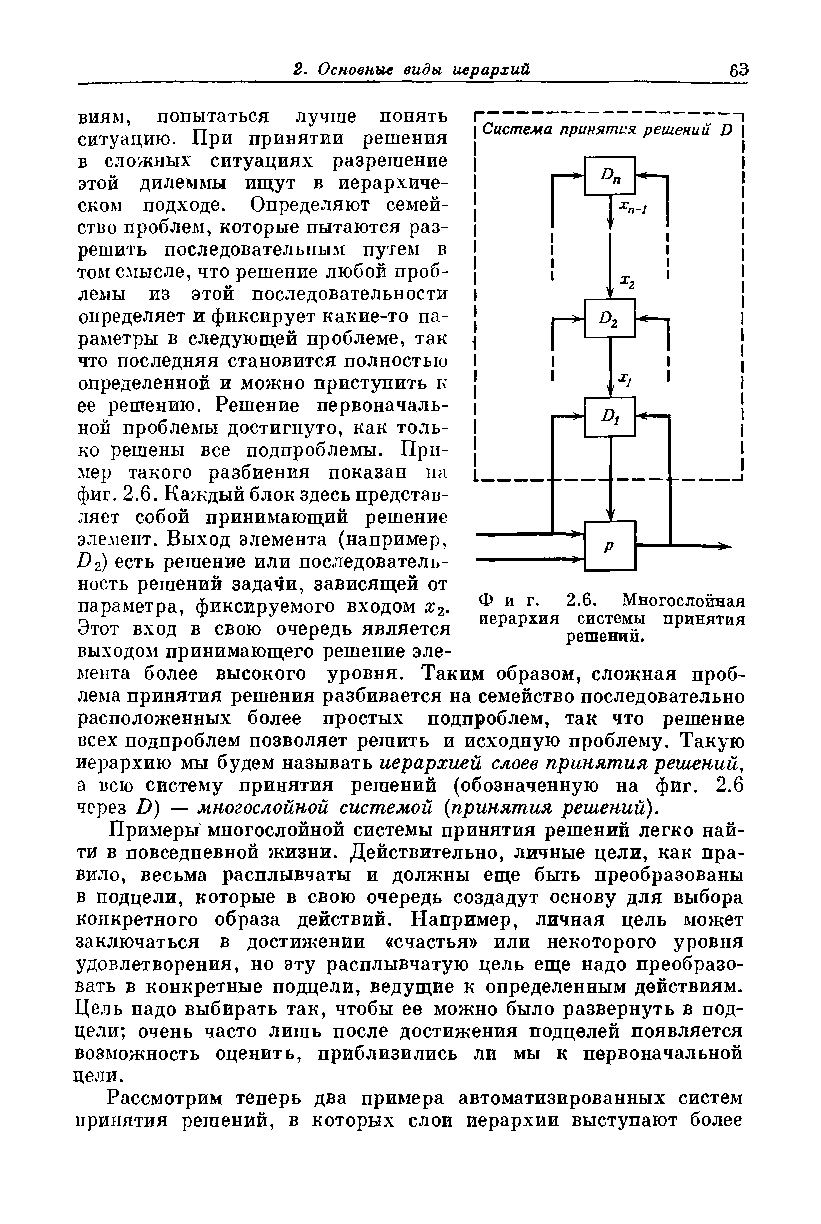
виям, попытаться лучше понять
 ситуацию. При принятии решения
 в сложных ситуациях разрешение
 этой дилеммы ищут в иерархиче­
 ском подходе. Определяют семей­
 ство проблем, которые пытаются раз­
 решить последовательным путем в
 том смысле, что решение любой проб­
 лемы из этой последовательности
 определяет и фиксирует какие-то па­
 раметры в следующей проблеме, так
 что последняя становится полностью
 определенной и можно приступить к
 ее решению. Решение первоначаль­
 ной проблемы достигнуто, как толь­
 ко решены все подпроблемы. При­
 мер такого разбиения показан на
 фиг. 2.6. Каждый блок здесь представ­
 ляет собой принимающий решение
 элемент. Выход элемента (например,
 D2) есть решение или последователь­
 ность решений задачи, зависящей от
 параметра, фиксируемого входом х2. Ф и г. 2.6. Многослойная
 иерархия системы принятия
 Этот вход в свою очередь является
 решений.
 выходом принимающего решение эле­
 мента более высокого уровня. Таким образом, сложная проб­
 лема принятия решения разбивается на семейство последовательно
 расположенных более простых подпроблем, так что решение
 всех подпроблем позволяет решить и исходную проблему. Такую
 иерархию мы будем называть иерархией слоев принятия решений,
 а всю систему принятия решений (обозначенную на фиг. 2.6
 через D) — многослойной системой (принятия решений).
 Примеры многослойной системы принятия решений легко най­
 ти в повседневной жизни. Действительно, личные цели, как пра­
 вило, весьма расплывчаты и должны еще быть преобразованы
 в подцели, которые в свою очередь создадут основу для выбора
 конкретного образа действий. Например, личная цель может
 заключаться в достижении «счастья» или некоторого уровня
 удовлетворения, но эту расплывчатую цель еще надо преобразо­
 вать в конкретные подцели, ведущие к определенным действиям.
 Цель надо выбирать так, чтобы ее можно было развернуть в под­
 цели; очень часто лишь после достижения подцелей появляется
 возможность оценить, приблизились ли мы к первоначальной
 цели.
 Рассмотрим теперь два примера автоматизированных систем
 принятия решений, в которых слои иерархии выступают более